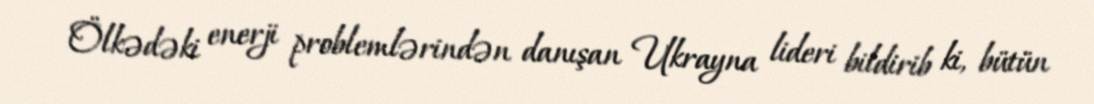
Ölkədəki enerji problemlərindən danışan Ukrayna lideri bildirib ki, bütün